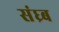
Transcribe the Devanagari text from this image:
संध्र्ब